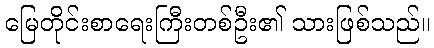
မြေတိုင်းစာရေးကြီးတစ်ဦး၏ သားဖြစ်သည်။